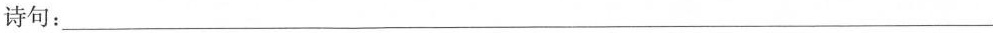
诗句：___